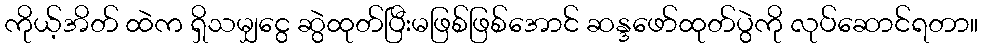
ကိုယ့်အိတ် ထဲက ရှိသမျှငွေ ဆွဲထုတ်ပြီးမဖြစ်ဖြစ်အောင် ဆန္ဒဖော်ထုတ်ပွဲကို လုပ်ဆောင်ရတာ။